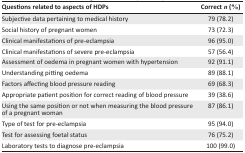
| Questions related to aspects of HDPs | Correct n (%) |
 | --- | --- |
 | Subjective data pertaining to medical history | 79 (78.2) |
 | Social history of pregnant women | 73 (72.3) |
 | Clinical manifestations of pre-eclampsia | 96 (95.0) |
 | Clinical manifestations of severe pre-eclampsia | 57 (56.4) |
 | Assessment of oedema in pregnant women with hypertension | 92 (91.1) |
 | Understanding pitting oedema | 89 (88.1) |
 | Factors affecting blood pressure reading | 69 (68.3) |
 | Appropriate patient position for correct reading of blood pressure | 39 (38.6) |
 | Using the same position or not when measuring the blood pressure of a pregnant woman | 87 (86.1) |
 | Type of test for pre-eclampsia | 95 (94.0) |
 | Test for assessing foetal status | 76 (75.2) |
 | Laboratory tests to diagnose pre-eclampsia | 100 (99.0) |